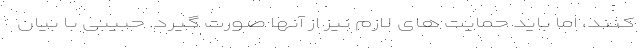
کنند، اما باید حمایت های لازم نیز از آنها صورت گیرد. حبیبی با بیان